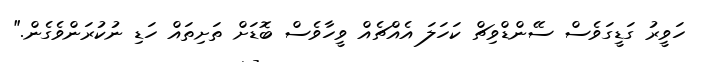
ހަވީރު ގަޑީގަވެސް ސޭންޑްވިޗް ކަހަލަ އެއްޗެއް ވީހާވެސް ބޮޑަށް ތަށިތައް ހަޑި ނުކުރަންވެގެން."